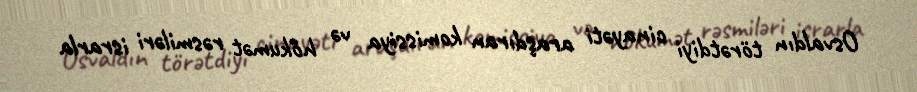
Osvaldın törətdiyi cinayəti araşdıran komissiya və hökumət rəsmiləri israrla